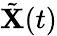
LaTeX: \tilde{\mathbf{X}}(t)